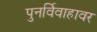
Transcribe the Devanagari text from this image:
पुनर्विवाहावर